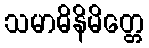
သမာဓိနိမိတ္တေ